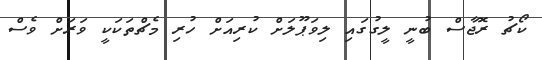
ކޯޗު ރޮޖާސް ބުނީ ލީގުގައި ލިވަޕޫލަށް ކުރިއަށް ހުރި މެޗްތަކަކީ ވަރަށް ވެސް